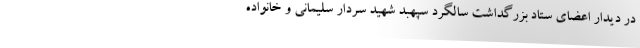
در دیدار اعضای ستاد بزرگداشت سالگرد سپهبد شهید سردار سلیمانی و خانواده